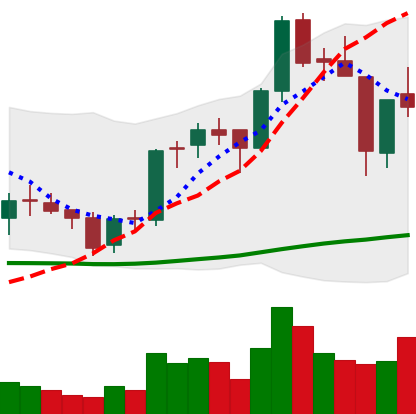
Ticker: BNB-USD
Chart end date: 2018-06-12
Forward return: 8.883%
Label: up_7plus